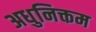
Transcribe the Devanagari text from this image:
अधुनिक्तम